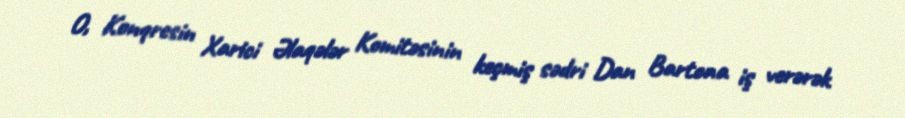
O, Konqresin Xarici Əlaqələr Komitəsinin keçmiş sədri Dan Bartona iş verərək